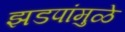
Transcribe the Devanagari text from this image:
झडपांमुळे